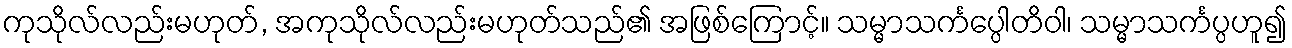
ကုသိုလ်လည်းမဟုတ်, အကုသိုလ်လည်းမဟုတ်သည်၏ အဖြစ်ကြောင့်။ သမ္မာသင်္ကပ္ပေါတိဝါ၊ သမ္မာသင်္ကပ္ပဟူ၍